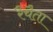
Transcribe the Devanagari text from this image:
रैचैता